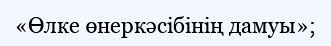
«Өлке өнеркәсібінің дамуы»;